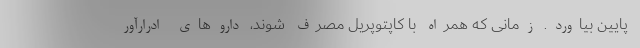
پایین بیاورد. زمانی که همراه با کاپتوپریل مصرف شوند، داروهای ادرارآور